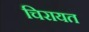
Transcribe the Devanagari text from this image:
चिरायत